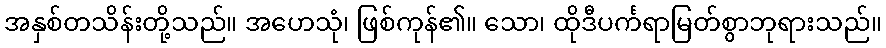
အနှစ်တသိန်းတို့သည်။ အဟေသုံ၊ ဖြစ်ကုန်၏။ သော၊ ထိုဒီပင်္ကရာမြတ်စွာဘုရားသည်။